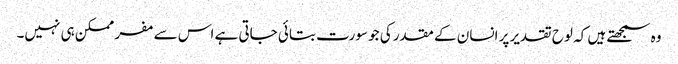
وہ سمجھتے ہیں کہ لوح تقدیر پر انسان کے مقدر کی جو سورت بتائی جاتی ہے اس سے مفر ممکن ہی نہیں۔